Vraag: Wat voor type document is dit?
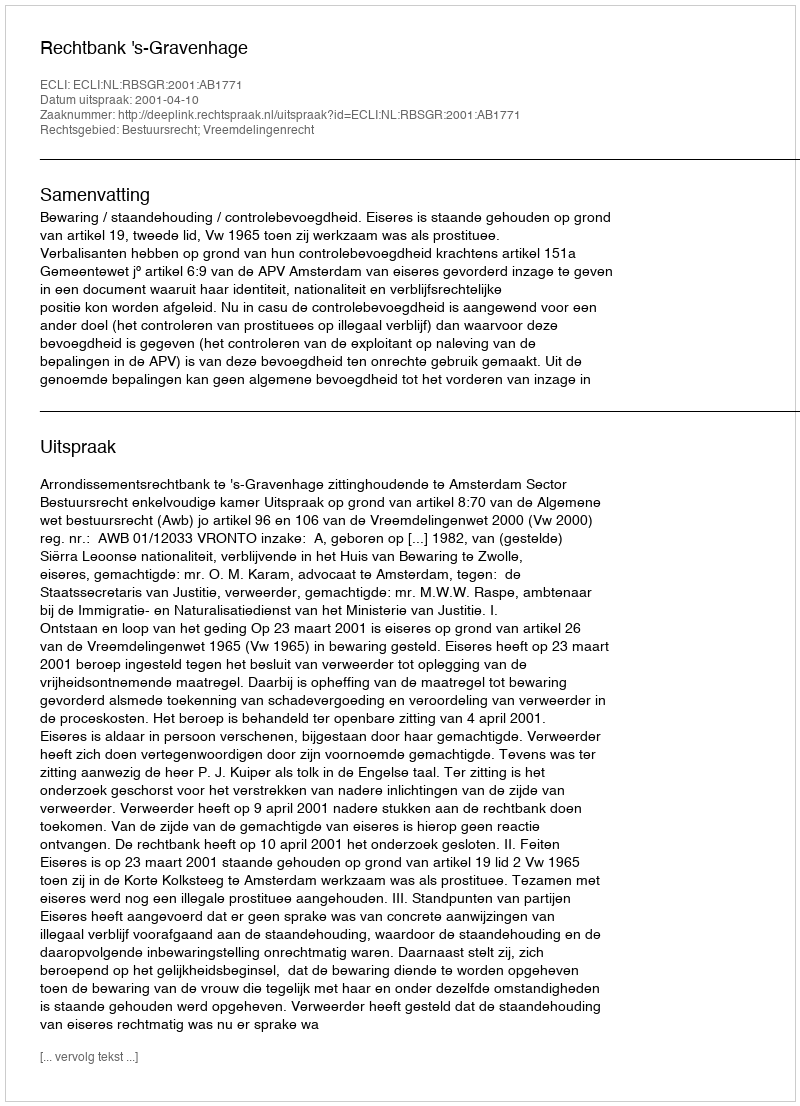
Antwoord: Uitspraak